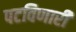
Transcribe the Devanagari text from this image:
पटविणारी